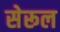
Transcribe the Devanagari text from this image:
सेरूल